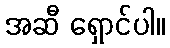
အဆီ ရှောင်ပါ။